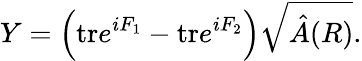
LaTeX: Y=\Big(\mathrm{tr}e^{iF_{1}}-\mathrm{tr}e^{iF_{2}}\Big)\sqrt{\hat{A}(R)}.